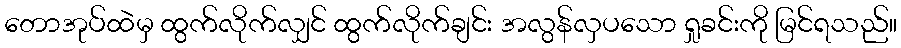
တောအုပ်ထဲမှ ထွက်လိုက်လျှင် ထွက်လိုက်ချင်း အလွန်လှပသော ရှုခင်းကို မြင်ရသည်။